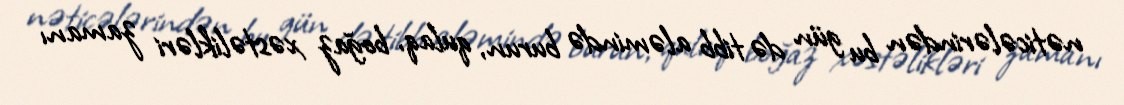
nəticələrindən bu gün də tibb aləmində burun, qulaq, boğaz xəstəlikləri zamanı